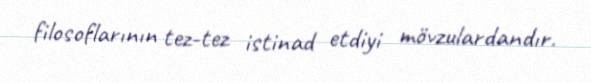
filosoflarının tez-tez istinad etdiyi mövzulardandır.